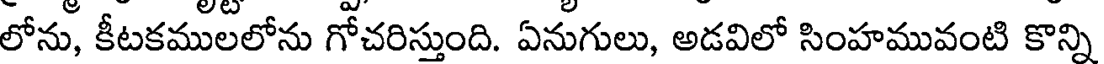
లోను, కీటకములలోను గోచరిస్తుంది. ఏనుగులు, అడవిలో సింహమువంటి కొన్ని